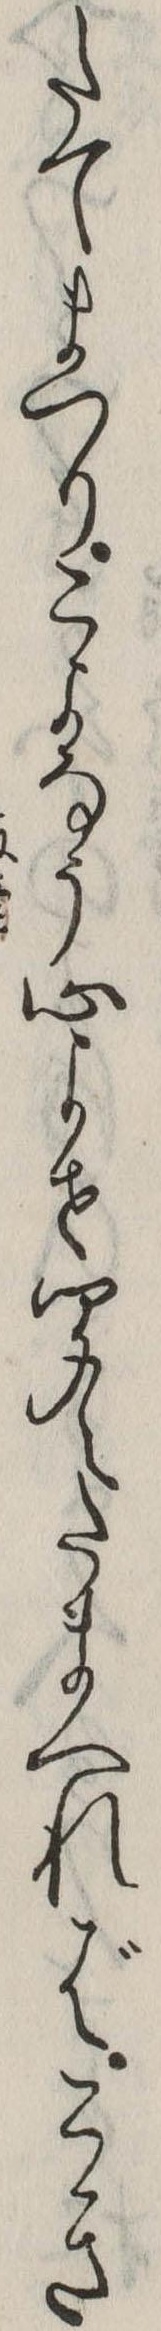
たてまつりこよなう心よせ聞えたまへればこき